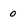
Character: 0